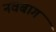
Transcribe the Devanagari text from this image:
नवबाग